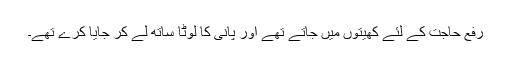
رفع حاجت کے لئے کھیتوں میں جاتے تھے اور پانی کا لوٹا ساتھ لے کر جایا کرے تھے۔